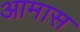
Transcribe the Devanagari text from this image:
आमास